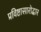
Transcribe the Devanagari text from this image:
प्रविष्टासारोद्धार